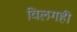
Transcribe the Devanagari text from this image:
विलगही